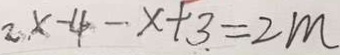
2 . x - 4 - x + 3 . = 2 m